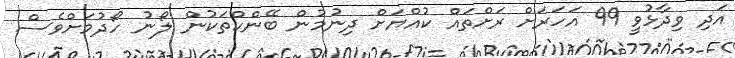
އަދި ވިދާޅުވީ 99 އަހަރަށް ރަށްތައް ކުއްޔަށް ދިނުމުން ބޭންކްތަކުން ލޯނު ހޯދުމަށްވެސް